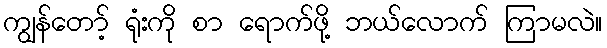
ကျွန်တော့် ရုံးကို စာ ရောက်ဖို့ ဘယ်လောက် ကြာမလဲ။